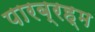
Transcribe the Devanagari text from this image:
पारब्रह्म